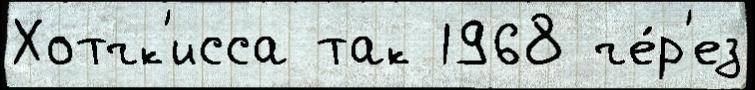
Хотчк'исса так 1968 че́р'ез